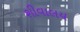
શીવાલય